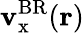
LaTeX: \mathbf{v}_{\mathrm{{x}}}^{\mathrm{{BR}}}(\mathbf{{r}})